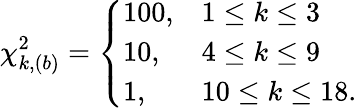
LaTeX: \chi_{k,(b)}^{2}=\left\{ \begin{array}{ll}{{100,}}&{{1\leq k\leq 3}}\\ {{10,}}&{{4\leq k\leq 9}}\\ {{1,}}&{{10\leq k\leq 18.}}\end{array}\right.